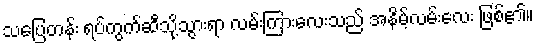
သပြေတန်း ရပ်ကွက်ဆီသို့သွားရာ လမ်းကြားလေးသည် အနိမ့်လမ်းလေး ဖြစ်၏။